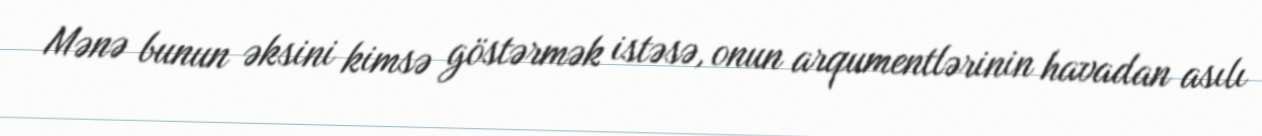
Mənə bunun əksini kimsə göstərmək istəsə, onun arqumentlərinin havadan asılı